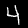
Label: 4